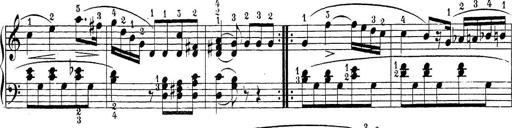
Title: Sonatina Album
Composer: Louis KÃ¶hler